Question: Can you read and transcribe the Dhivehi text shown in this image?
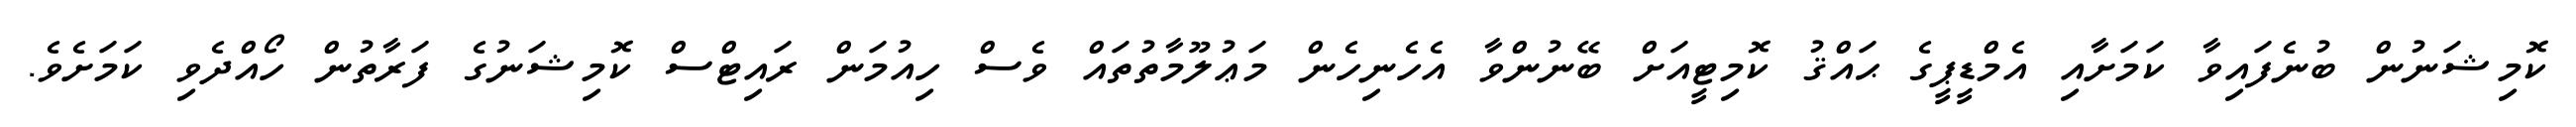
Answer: ކޮމިޝަނުން ބުނެފައިވާ ކަމަށާއި އެމްޑީޕީގެ ޙައްޤު ކޮމިޓީއަށް ބޭނުންވާ އެހެނިހެން މަޢުލޫމާތުތައް ވެސް ހިއުމަން ރައިޓްސް ކޮމިޝަނުގެ ފަރާތުން ހޯއްދެވި ކަމަށެވެ.